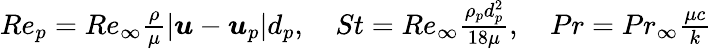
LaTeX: \begin{array}{r}{Re_{p}=Re_{\infty}\frac{\rho}{\mu}|\boldsymbol{u}-\boldsymbol{u}_{p}|d_{p},\ \ \ \ St=Re_{\infty}\frac{\rho_{p}d_{p}^{2}}{18\mu},\ \ \ \ Pr=Pr_{\infty}\frac{\mu c}{k}}\end{array}